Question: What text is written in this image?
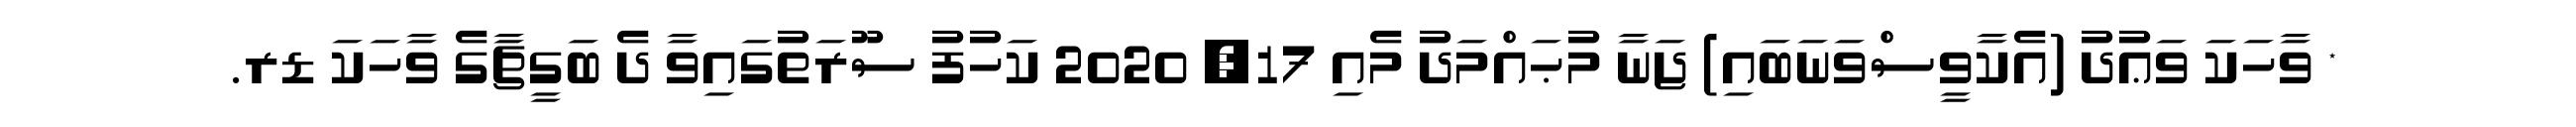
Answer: * ވާހަކަ ވަޢުދު (އެކާވީސްވަނަބައި) ޖަނާ މުޙައްމަދު މެއި 17, 2020 ކަހުފު ސޫރަތުގައިވާ ދެ ބަގީޗާގެ ވާހަކަ ޑރ.